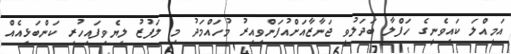
އަމިއްލަ ކައިވެނީގެ ހަފްލާ ބަދަލުވީ ޖަނާޒާއަށްއުފަންވިއިރު މުހައްމަދު މި ލަފުޒު ލިޔެވިފައިހުރި ކަންބަޅިއެއް